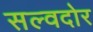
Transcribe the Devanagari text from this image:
सल्वदोर